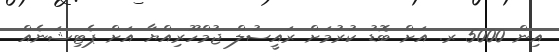
އިން 5000 ރ. އަށް ބޮޑު ކުރުމަށް ރައީސުލް ޖުމްހޫރިއްޔާ އަށް ޕެޓިޝަނެއް